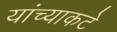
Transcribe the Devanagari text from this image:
यांच्याकटे